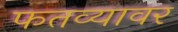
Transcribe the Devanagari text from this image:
फतव्यावर